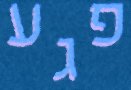
פגע